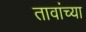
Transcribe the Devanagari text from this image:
तावांच्या